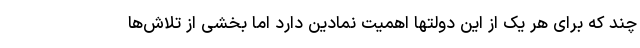
چند که برای هر یک از این دولتها اهمیت نمادین دارد اما بخشی از تلاش‌ها